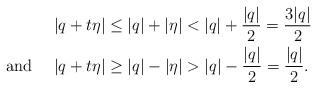
LaTeX: \begin{align*}&|q+t\eta|\le |q|+|\eta|< |q|+\frac{|q|}2=\frac{3|q|}2\\{\mbox{and }}\quad& |q+t\eta|\ge |q|-|\eta|>|q|-\frac{|q|}2=\frac{|q|}2.\end{align*}